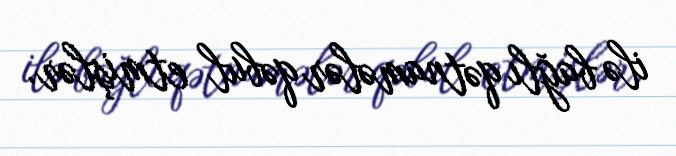
ilə bağlı qətnamələr qəbul etmişlər.